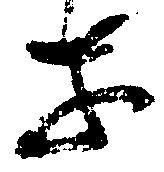
等